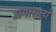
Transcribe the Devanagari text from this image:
जगत्सत्यं